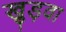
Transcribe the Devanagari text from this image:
खुड़वा